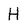
Character: H